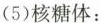
(5)核糖体：